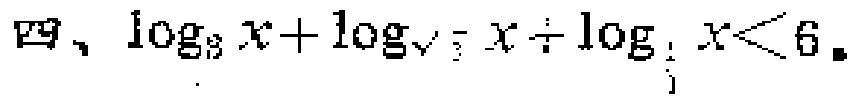
四、\(\log_{3}x + \log_{\sqrt{3}}x + \log_{\frac{1}{3}}x<6\)